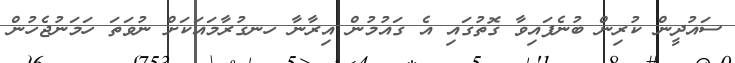
ސައުދީން ކުރިން ބުނެފައިވާ ގޮތުގައި އެ ގައުމުން އިރާނާ ހނގުރާމައަކަށް ނުވަތަ ހަމަނުޖެހުން